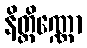
နိတ္တိဏ္ဏော